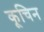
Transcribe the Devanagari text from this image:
कूचिन